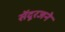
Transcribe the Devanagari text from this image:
सेंदूरजने